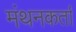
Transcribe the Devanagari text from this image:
मंथनकर्ता